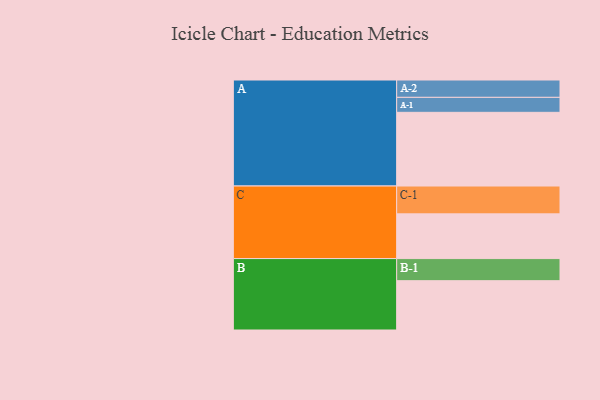
{"axis": {"x": "Segment", "y": "Value"}, "legend": ["", "A", "B", "C"], "data": [{"x": "A", "y": 590, "type": ""}, {"x": "B", "y": 395, "type": ""}, {"x": "C", "y": 358, "type": ""}, {"x": "A-1", "y": 120, "type": "A"}, {"x": "A-2", "y": 139, "type": "A"}, {"x": "B-1", "y": 177, "type": "B"}, {"x": "C-1", "y": 223, "type": "C"}]}